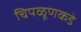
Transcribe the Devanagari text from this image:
चिपळूणकडे